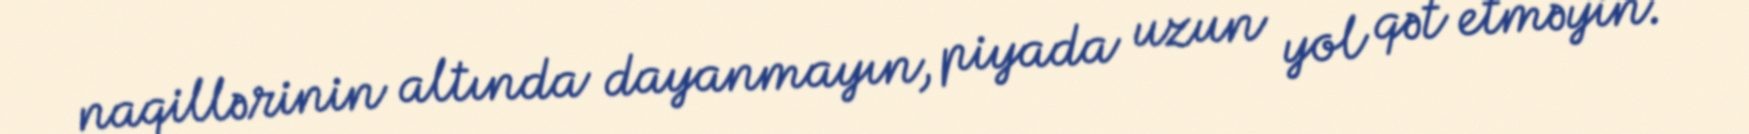
naqillərinin altında dayanmayın, piyada uzun yol qət etməyin.